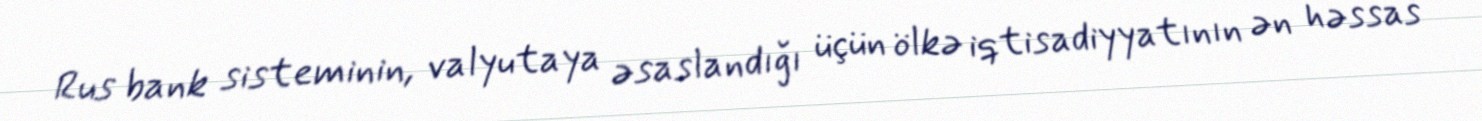
Rus bank sisteminin, valyutaya əsaslandığı üçün ölkə iqtisadiyyatının ən həssas